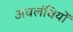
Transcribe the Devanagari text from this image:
अवलंबियों